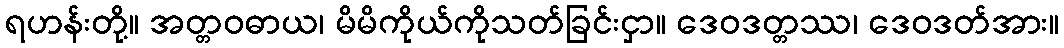
ရဟန်းတို့။ အတ္တဝဓာယ၊ မိမိကိုယ်ကိုသတ်ခြင်းငှာ။ ဒေဝဒတ္တဿ၊ ဒေဝဒတ်အား။